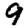
Digit: 9